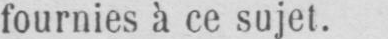
fournies à ce sujet.